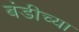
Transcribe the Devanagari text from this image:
बंडीच्या